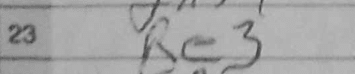
Transcription: Re3